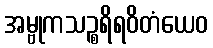
အမ္ဗုကသဉ္စရိရဝိတံယေဝ